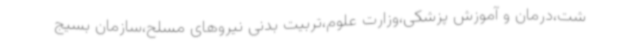
شت،درمان و آموزش پزشکی،وزارت علوم،تربیت بدنی نیروهای مسلح،سازمان بسیج